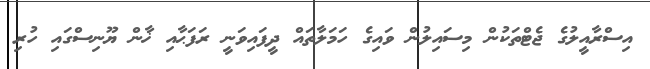
އިސްރާއީލުގެ ޖެޓްތަކުން މިސައިލުން ވައިގެ ހަމަލާތައް ދީފައިވަނީ ރަފަޙާއި ޚާން ޔޫނިސްގައި ހުރި